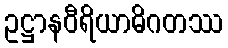
ဥဋ္ဌာနဝီရိယာဓိဂတဿ